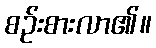
စဉ်းစားလာ၏။